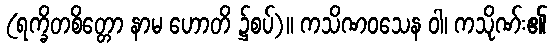
(ရက္ခိတစိတ္တော နာမ ဟောတိ ၌စပ်)။ ကသိဏဝသေန ဝါ၊ ကသိုဏ်း၏